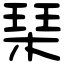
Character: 琹